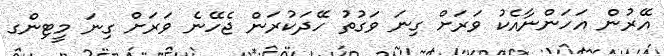
އޭރުން އަހަންނާއެކު ވަރަށް ގިނަ ވަގުތު ހޭދަކުރަން ޖެހޭނެ ވަރަށް ގިނަ މީޓިންގ